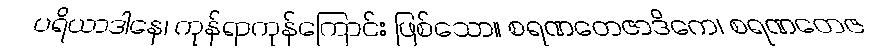
ပရိယာဒါနေ၊ ကုန်ရာကုန်ကြောင်း ဖြစ်သော။ စရဏတေဇာဒိကေ၊ စရဏတေဇ